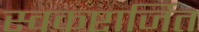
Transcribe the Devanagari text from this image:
स्वकष्टार्जित